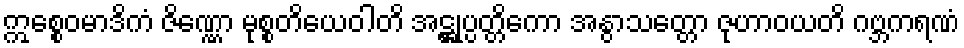
ဣစ္စေဝမာဒိကံ ဇိဏ္ဏော မုစ္စတိယေဝါတိ အဋ္ဌုပ္ပတ္တိကော အနွာသတ္တော ဇုဟာဝယတိ ဂဗ္ဘကရဏံ